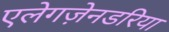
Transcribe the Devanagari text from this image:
एलेगज़ेनडरिया